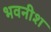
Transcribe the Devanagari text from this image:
भवनीश